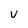
Character: v